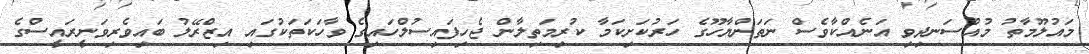
މައުލޫމާތު މުއްސަނދިވި އަނެއްކާވެސް ނަތަންޔާހޫގެ ހަރުކަށިކަމާ ކުރިމަތިލާން ޖެހިފައިސުލްހައިގެ ވާހަކަތަކުގައި އިޒްރޭލު ބައިވެރިވަނީރައީސްގެ